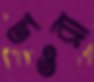
ডওরা